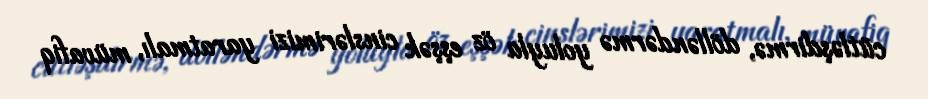
cütləşdirmə, dölləndərmə yoluyla öz eşşək cinslərimizi yaratmalı, müvafiq